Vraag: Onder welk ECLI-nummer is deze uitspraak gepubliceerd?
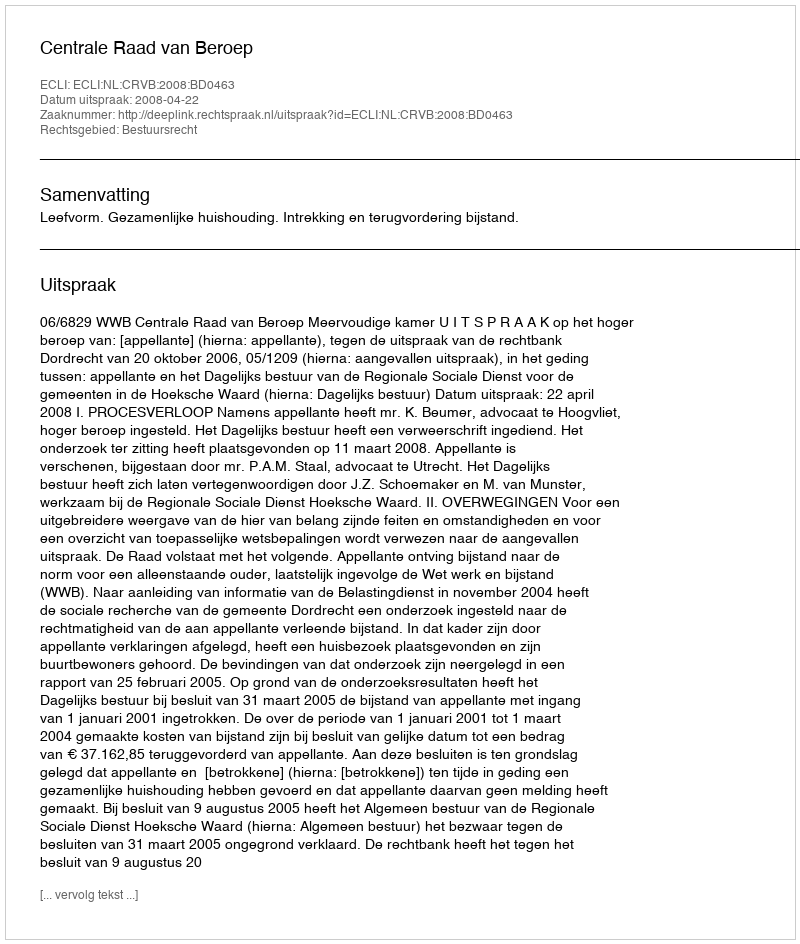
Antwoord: ECLI:NL:CRVB:2008:BD0463